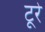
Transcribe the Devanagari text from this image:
टूरे